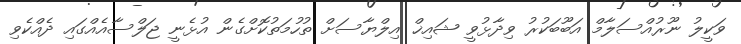
ވަކީލު ނޫރުއްސަލާމް އަބޫބަކުރު ވިދާޅުވީ ޝައިޚް އިލްޔާސަށް ތުހުމަތުކޮށްގެން އުޅެނީ ޖަލްސާއެއްގައި ދެއްކެވި